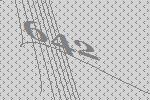
642